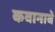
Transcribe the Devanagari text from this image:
कवानाबे